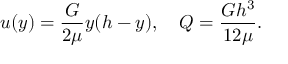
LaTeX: u ( y ) = { \frac { G } { 2 \mu } } y ( h - y ) , \quad Q = { \frac { G h ^ { 3 } } { 1 2 \mu } } .